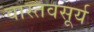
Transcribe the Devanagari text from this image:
वास्तवसूर्य